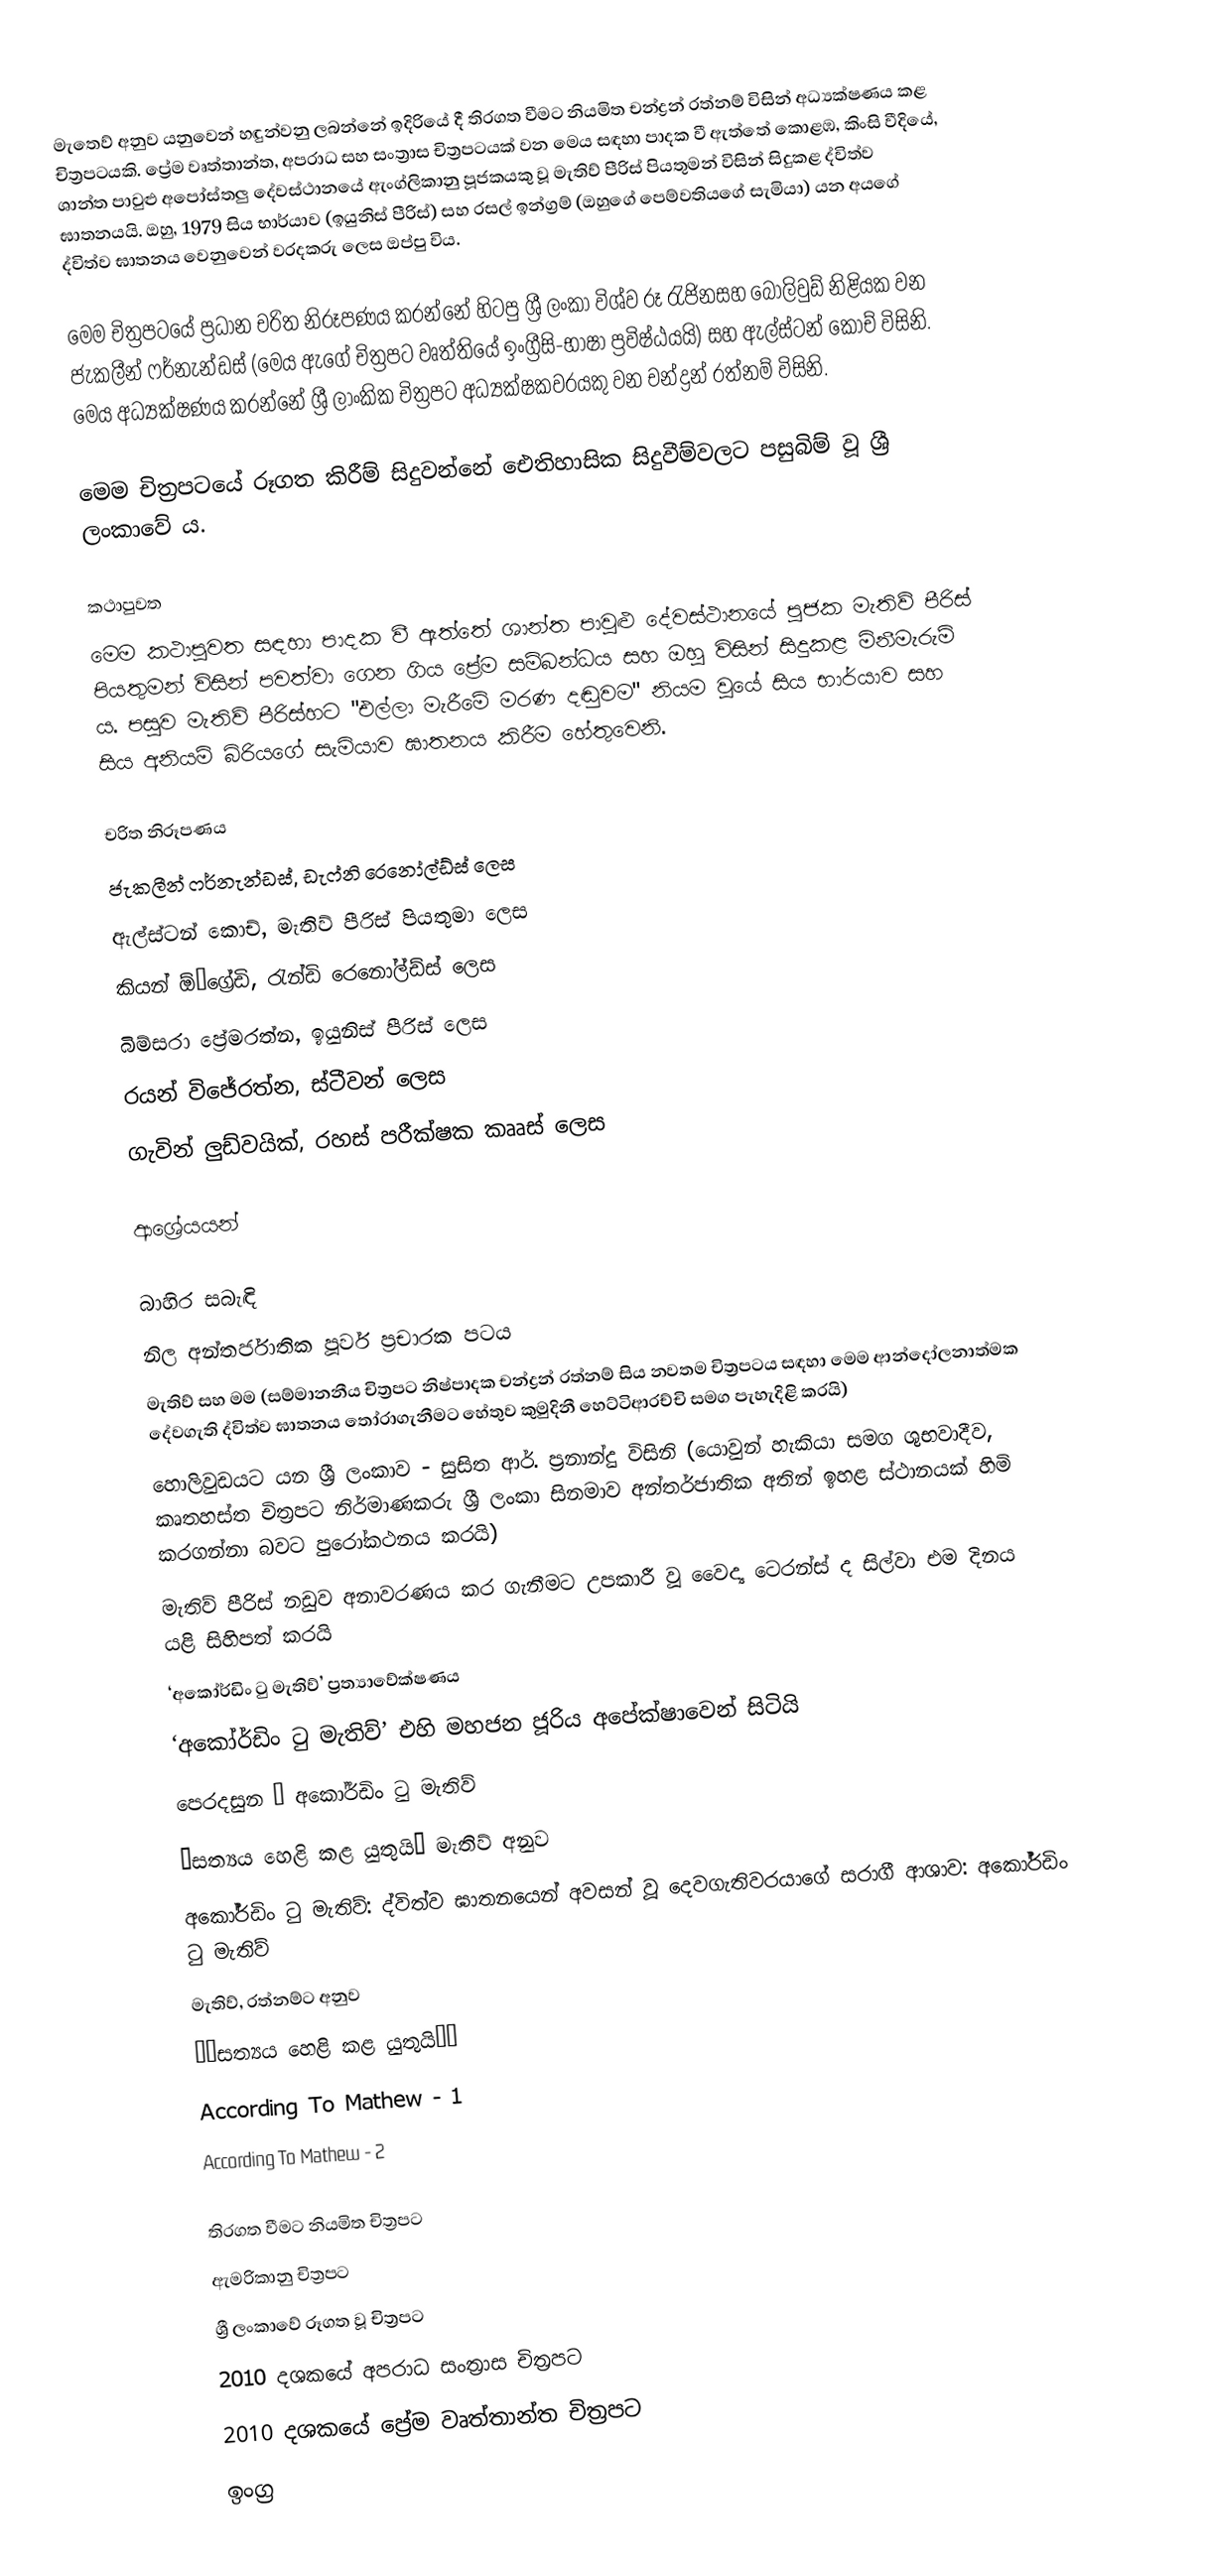
මැතෙව් අනුව යනුවෙන් හඳුන්වනු ලබන්නේ ඉදිරියේ දී තිරගත වීමට නියමිත චන්ද්‍රන් රත්නම් විසින් අධ්‍යක්ෂණය කළ චිත්‍රපටයකි. ප්‍රේම වෘත්තාන්ත, අපරාධ සහ සංත්‍රාස චිත්‍රපටයක් වන මෙය සඳහා පාදක වී ඇත්තේ කොළඹ, කිංසි වීදියේ, ශාන්ත පාවුළු අපෝස්තලු දේවස්ථානයේ ඇංග්ලිකානු පූජකයකු වූ මැතිව් පීරිස් පියතුමන් විසින් සිදුකළ ද්විත්ව ඝාතනයයි. ඔහු, 1979 සිය භාර්යාව (ඉයුනිස් පීරිස්) සහ රසල් ඉන්ග්‍රම් (ඔහුගේ පෙම්වතියගේ සැමියා) යන අයගේ ද්විත්ව ඝාතනය වෙනුවෙන් වරදකරු ලෙස ඔප්පු විය.

මෙම චිත්‍රපටයේ ප්‍රධාන චරිත නිරූපණය කරන්නේ හිටපු ශ්‍රී ලංකා විශ්ව රූ රැජිනසහ බොලිවුඩ් නිළියක වන ජැකලීන් ෆර්නැන්ඩස් (මෙය ඇගේ චිත්‍රපට වෘත්තියේ ඉංග්‍රීසි-භාෂා ප්‍රවිෂ්ඨයයි) සහ ඇල්ස්ටන් කොච් විසිනි. මෙය අධ්‍යක්ෂණය කරන්නේ ශ්‍රී ලාංකික චිත්‍රපට අධ්‍යක්ෂකවරයකු වන චන්ද්‍රන් රත්නම් විසිනි.

මෙම චිත්‍රපටයේ රූගත කිරීම් සිදුවන්නේ ඓතිහාසික සිදුවීම්වලට පසුබිම් වූ ශ්‍රී ලංකාවේ ය‍.

කථාපුවත
මෙම කථාපුවත සඳහා පාදක වී ඇත්තේ ශාන්ත පාවුළු දේවස්ථානයේ පූජක මැතිව් පීරිස් පියතුමන් විසින් පවත්වා ගෙන ගිය ප්‍රේම සම්බන්ධය සහ ඔහු විසින් සිදුකළ මිනීමැරුම් ය. පසුව මැතිව් පීරිස්හට "එල්ලා මැරීමේ මරණ දඬුවම" නියම වූයේ සිය භාර්යාව සහ සිය අනියම් බිරියගේ සැමියාව ඝාතනය කිරීම හේතුවෙනි.

චරිත නිරූපණය
 ජැකලීන් ෆර්නැන්ඩස්, ඩැෆ්නි රෙනෝල්ඩ්ස් ලෙස
 ඇල්ස්ටන් කොච්, මැතිව් පීරිස් පියතුමා ලෙස
 කියන් ඕ’ග්‍රේඩි, රැන්ඩි රෙනෝල්ඩ්ස් ලෙස
 බිම්සරා ප්‍රේමරත්න, ඉයුනිස් පීරිස් ලෙස
 රයන් විජේරත්න, ස්ටීවන් ලෙස
 ගැවින් ලුඩ්වයික්, රහස් පරීක්ෂක කෲස් ලෙස

ආශ්‍රේයයන්

බාහිර සබැඳි
 නිල අන්තර්ජාතික පූර්ව ප්‍රචාරක පටය
 මැතිව් සහ මම (සම්මානනීය චිත්‍රපට නිෂ්පාදක චන්ද්‍රන් රත්නම් සිය නවතම චිත්‍රපටය සඳහා මෙම ආන්දෝලනාත්මක දේවගැති ද්විත්ව ඝාතනය තෝරාගැනීමට හේතුව කුමුදිනී හෙට්ටිආරච්චි සමග පැහැදිළි කරයි)
 හොලිවුඩයට යන ශ්‍රී ලංකාව - සුසිත ආර්. ප්‍රනාන්දු විසිනි (යොවුන් හැකියා සමග ශුභවාදීව, කෘතහස්ත චිත්‍රපට නිර්මාණකරු ශ්‍රී ලංකා සිනමාව අන්තර්ජාතික අතින් ඉහළ ස්ථානයක් හිමි කරගන්නා බවට පුරෝකථනය කරයි)
 මැතිව් පීරිස් නඩුව අනාවරණය කර ගැනීමට උපකාරී වූ වෛද්‍ය ටෙරන්ස් ද සිල්වා එම දිනය යළි සිහිපත් කරයි
 ‘අකෝර්ඩිං ටු මැතිව්’ ප්‍රත්‍යාවේක්ෂණය
 ‘අකෝර්ඩිං ටු මැතිව්’ එහි මහජන ජූරිය අපේක්ෂාවෙන් සිටියි
 පෙරදසුන – අකෝර්ඩිං ටු මැතිව්
 ‘සත්‍යය හෙළි කළ යුතුයි’ මැතිව් අනුව
 අකෝර්ඩිං ටු මැතිව්: ද්විත්ව ඝාතනයෙන් අවසන් වූ දෙවගැතිවරයාගේ සරාගී ආශාව: අකෝර්ඩිං ටු මැතිව්
 මැතිව්, රත්නම්ට අනුව
 ‘‘සත්‍යය හෙළි කළ යුතුයි’’
 According To Mathew - 1
 According To Mathew - 2

තිරගත වීමට නියමිත චිත්‍රපට
ඇමරිකානු චිත්‍රපට
ශ්‍රී ලංකාවේ රූගත වූ චිත්‍රපට
2010 දශකයේ අපරාධ සංත්‍රාස චිත්‍රපට
2010 දශකයේ ප්‍රේම වෘත්තාන්ත චිත්‍රපට
ඉංග්‍ර